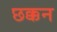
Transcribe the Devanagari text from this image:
छक्कन